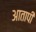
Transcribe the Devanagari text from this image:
आतापी